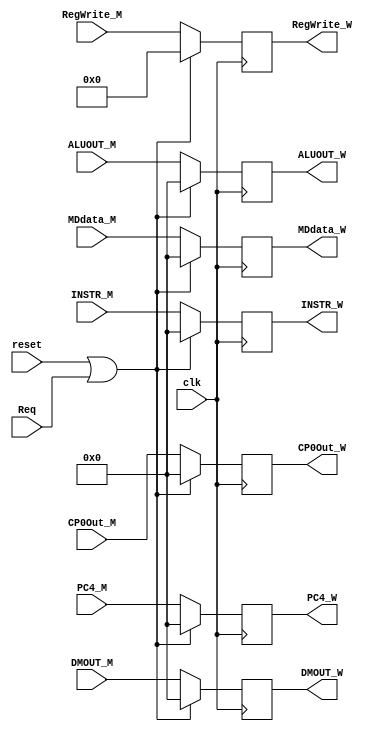
`timescale 1ns / 1ps
//////////////////////////////////////////////////////////////////////////////////
// Company: 
// Engineer: 
// 
// Design Name: 
// Module Name:    W_Aregister 
// Project Name: 
// Target Devices: 
// Tool versions: 
// Description: 
//
// Dependencies: 
//
// Revision: 
// Revision 0.01 - File Created
// Additional Comments: 
//
//////////////////////////////////////////////////////////////////////////////////
module W_Aregister(
    input clk,
    input reset,
    input [31:0] INSTR_M,
    input [4:0] RegWrite_M,
    input [31:0] ALUOUT_M,
    input [31:0] DMOUT_M,
    input [31:0] PC4_M,
	 input [31:0] MDdata_M,
    output [31:0] INSTR_W,
    output [4:0] RegWrite_W,
    output [31:0] ALUOUT_W,
    output [31:0] DMOUT_W,
    output [31:0] PC4_W,
	 output [31:0] MDdata_W,
	 input [31:0] CP0Out_M,
	 output[31:0] CP0Out_W,
	 input Req
    );

reg [31:0] INSTR;
reg [4:0] RegWrite;
reg [31:0] ALUOUT;
reg [31:0] DMOUT;
reg [31:0] PC4;
reg [31:0] MDdata;
reg [31:0] CP0;

always @(posedge clk) begin
	if(reset | Req)begin
		INSTR <= 0;
		RegWrite <= 0;
		ALUOUT <= 0;
		DMOUT <= 0;
		PC4 <= 0;
		MDdata <= 0;
		CP0 <= 0;
	end
	else begin
		INSTR <= INSTR_M;
		RegWrite <= RegWrite_M;
		ALUOUT <= ALUOUT_M;
		DMOUT <= DMOUT_M;
		PC4 <= PC4_M;
		MDdata <= MDdata_M;
		CP0 <= CP0Out_M;
	end
end

assign INSTR_W = INSTR;
assign RegWrite_W = RegWrite;
assign ALUOUT_W = ALUOUT;
assign DMOUT_W = DMOUT;
assign PC4_W = PC4;
assign MDdata_W = MDdata;
assign CP0Out_W = CP0;

endmodule